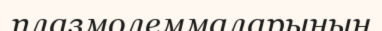
плазмолеммаларының